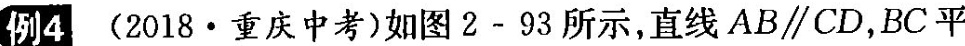
例4(2018·重庆中考)如图2-93所示，直线AB\parallelCD，BC平